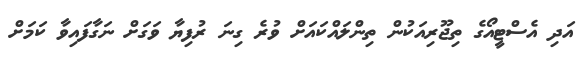
އަދި އެސްޓީއޯގެ ތިޖޫރިއަކުން ތިންލައްކައަށް ވުރެ ގިނަ ރުފިޔާ ވަގަށް ނަގާފައިވާ ކަމަށް